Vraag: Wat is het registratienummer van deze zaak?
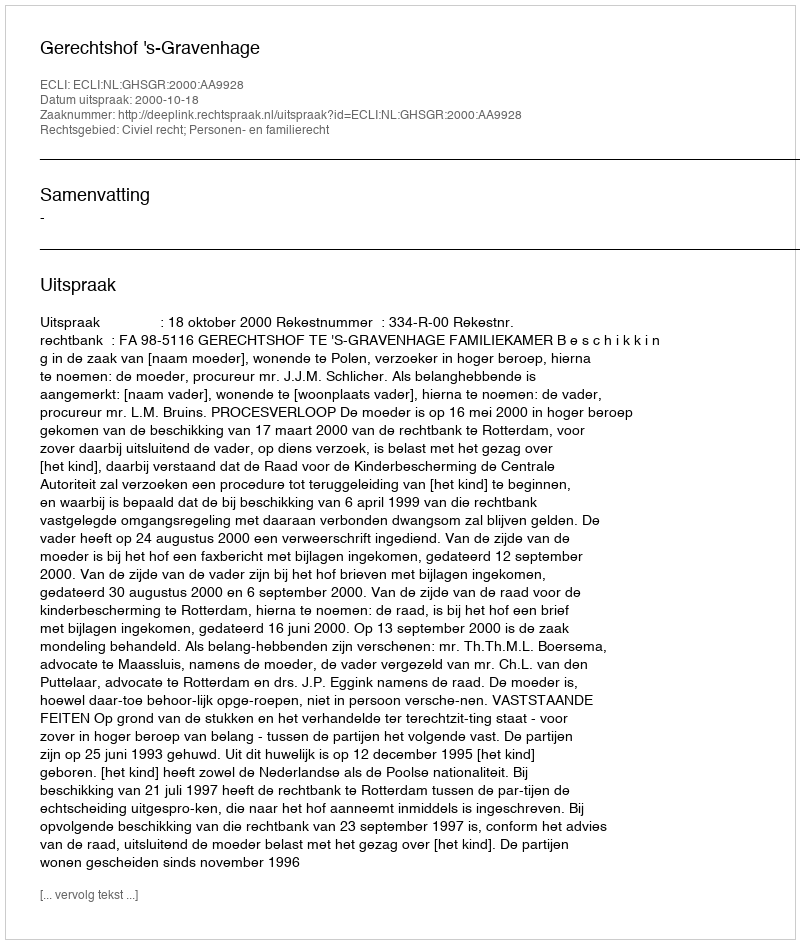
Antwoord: http://deeplink.rechtspraak.nl/uitspraak?id=ECLI:NL:GHSGR:2000:AA9928